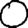
Digit: 0